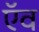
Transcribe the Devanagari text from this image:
ऍव